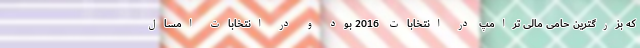
که بزرگترین حامی مالی ترامپ در انتخابات 2016 بود و در انتخابات امسال